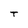
Character: T